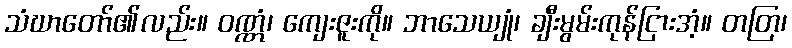
သံဃာတော်၏လည်း။ ဝဏ္ဏံ၊ ကျေးဇူးကို။ ဘာသေယျုံ၊ ချီးမွမ်းကုန်ငြားအံ့။ တတြ၊